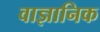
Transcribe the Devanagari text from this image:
वाज्ञानिक